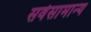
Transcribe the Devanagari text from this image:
सर्वसामान्‍य